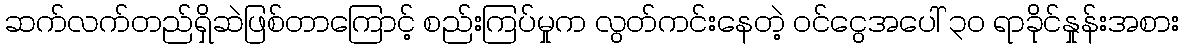
ဆက်လက်တည်ရှိဆဲဖြစ်တာကြောင့် စည်းကြပ်မှုက လွတ်ကင်းနေတဲ့ ဝင်ငွေအပေါ် ၃၀ ရာခိုင်နှုန်းအစား